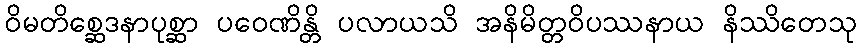
ဝိမတိစ္ဆေဒနာပုစ္ဆာ ပဝေဏိန္တိ ပလာယသိ အနိမိတ္တဝိပဿနာယ နိဿိတေသု